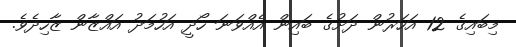
މިބައިގެ 12 އަހަރުން ދަށުގެ ބައިން އެއްވަނަ ހޯދީ އަހުމަދު އައްޒާން ޒާހިދެވެ.